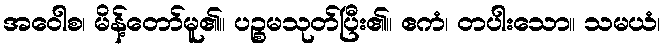
အဝေါစ၊ မိန့်တော်မူ၏။ ပဉ္စမသုတ်ပြီး၏။ ဧကံ၊ တပါးသော။ သမယံ၊